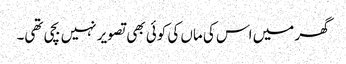
گھر میں اس کی ماں کی کوئی بھی تصویر نہیں بچی تھی۔